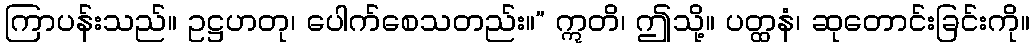
ကြာပန်းသည်။ ဥဋ္ဌဟတု၊ ပေါက်စေသတည်း။” ဣတိ၊ ဤသို့။ ပတ္ထနံ၊ ဆုတောင်းခြင်းကို။